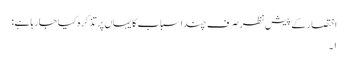
اختصار کے پیش نظر صرف چند اسباب کا یہاں پر تذکرہ کیا جارہا ہے:
۱۔